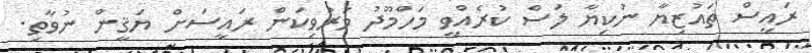
ރައީސް ތައުޒިޔާ ނުކިޔާ ލަސް ކުރެއްވީ މަހްމޫދު މަރުވިކަން ރައީސަށް ޔަޤީން ނުވާތި.